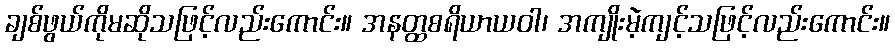
ချစ်ဖွယ်ကိုမဆိုသဖြင့်လည်းကောင်း။ အနတ္ထစရိယာယဝါ၊ အကျိုးမဲ့ကျင့်သဖြင့်လည်းကောင်း။